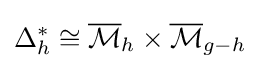
\Delta _{h}^{*}\cong {\overline {\mathcal {M}}}_{h}\times {\overline {\mathcal {M}}}_{g-h}